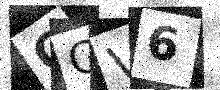
Text: CGV6